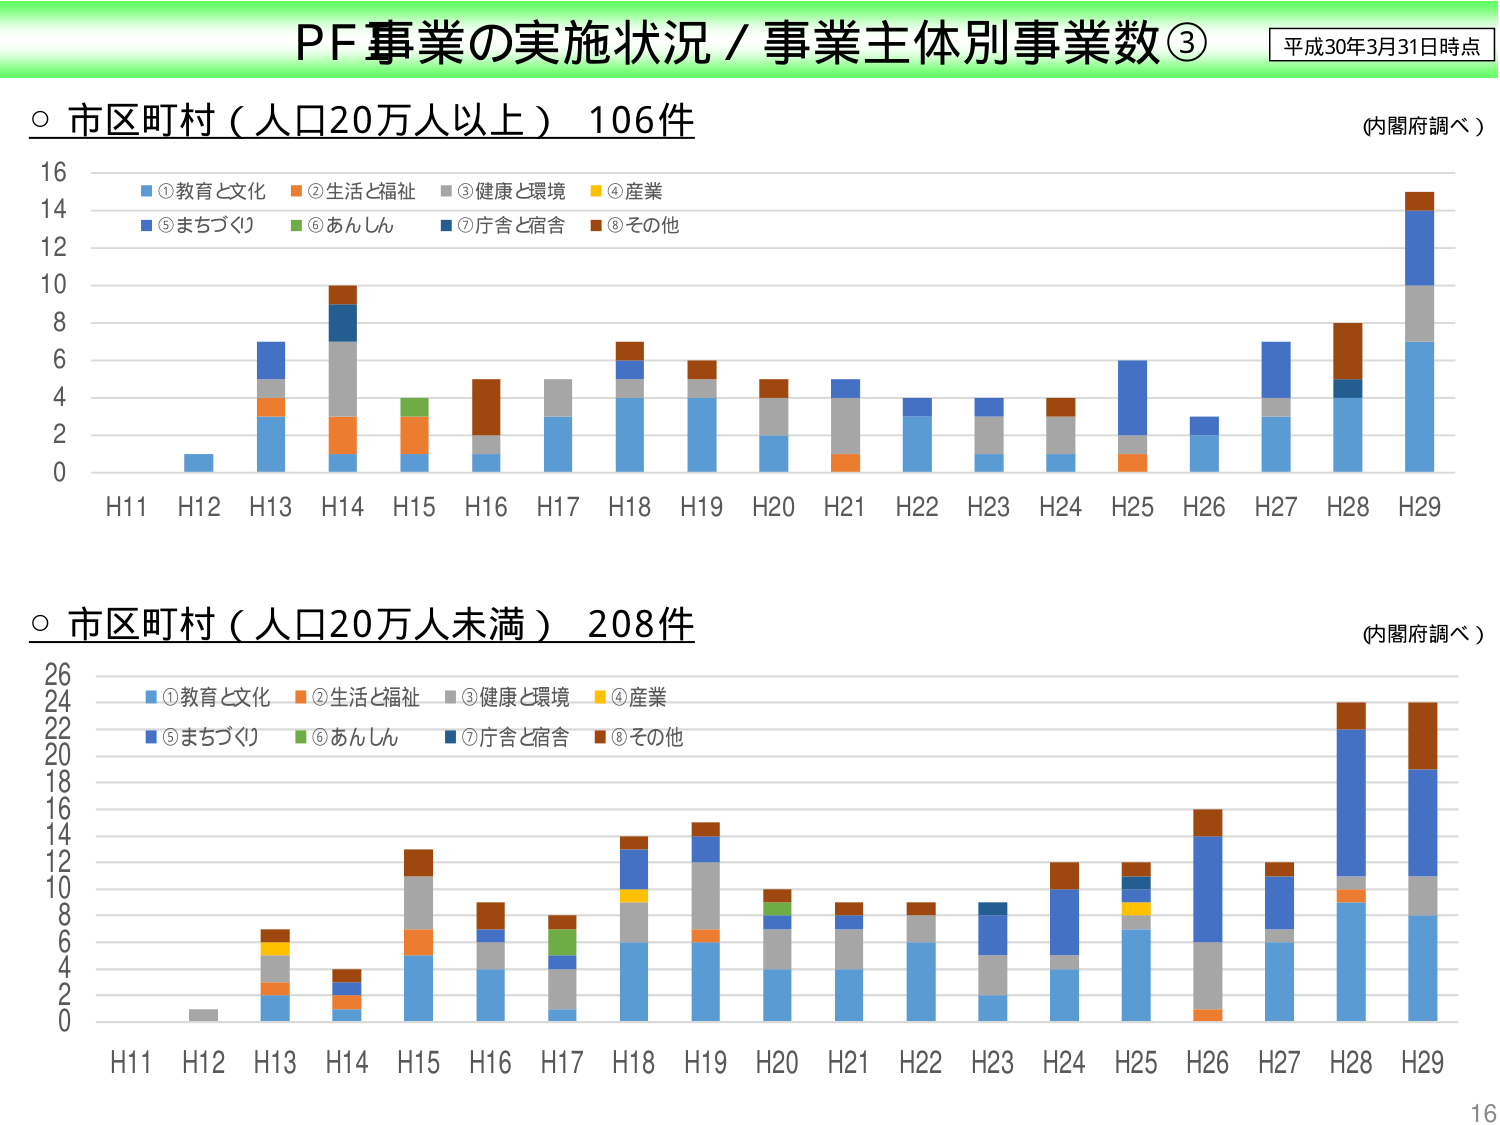
PF事業の実施状況／事業主体別事業数③
平成30年3月31日時点
○ 市区町村（人口20万人以上）106件
(内閣府調べ)
16
14
12
10
8
6
4
2
0
H11 H12 H13 H14 H15 H16 H17 H18 H19 H20 H21 H22 H23 H24 H25 H26 H27 H28 H29
■①教育と文化 ■②生活と福祉 ■③健康と環境 ■④産業
■⑤まちづくり ■⑥あんしん ■⑦庁舎と宿舎 ■⑧その他
○ 市区町村（人口20万人未満）208件
(内閣府調べ)
26
24
22
20
18
16
14
12
10
8
6
4
2
0
H11 H12 H13 H14 H15 H16 H17 H18 H19 H20 H21 H22 H23 H24 H25 H26 H27 H28 H29
■①教育と文化 ■②生活と福祉 ■③健康と環境 ■④産業
■⑤まちづくり ■⑥あんしん ■⑦庁舎と宿舎 ■⑧その他
16